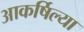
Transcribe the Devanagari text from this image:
आकर्षिल्या